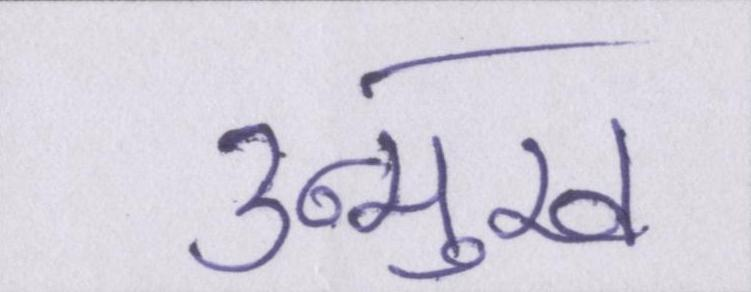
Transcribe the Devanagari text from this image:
उन्मुख